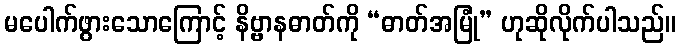
မပေါက်ဖွားသောကြောင့် နိဗ္ဗာနဓာတ်ကို “ဓာတ်အမြုံ” ဟုဆိုလိုက်ပါသည်။